Report on horse surra - Volume II, Part I
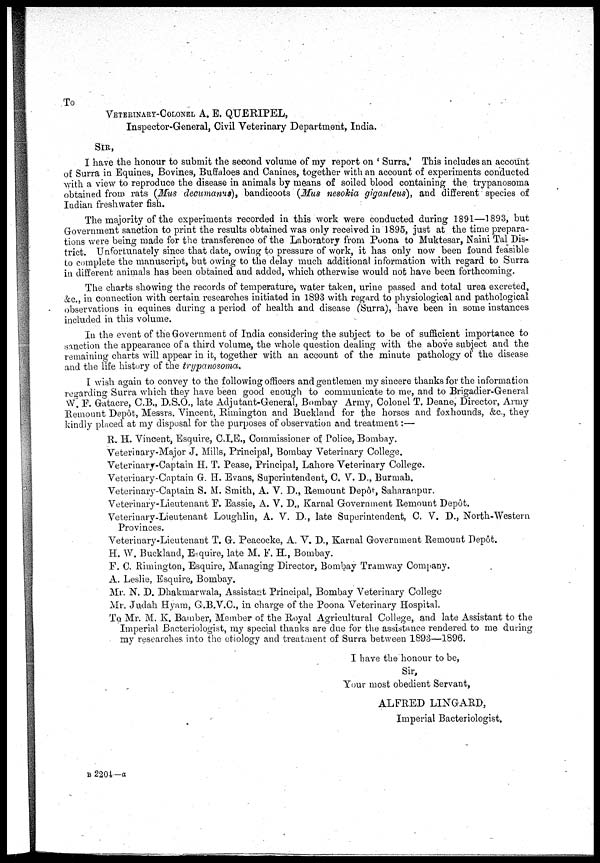
To
VETERINARY-COLONEL A. E. QUERIPEL,
Inspector-General, Civil Veterinary Department, India.
SIR,
I have the honour to submit the second volume of my report on ' Surra.' This includes an account
of Surra in Equines, Bovines, Buffaloes and Canines, together with an account of experiments conducted
with a view to reproduce the disease in animals by means of soiled blood containing the trypanosoma
obtained from rats (Mus decumanus), bandicoots (Mus nesokia giganleus), and different species of
Indian freshwater fish.
The majority of the experiments recorded in this work were conducted during 1891—1893, but
Government sanction to print the results obtained was only received in 1895, just at the time prepara-
tions were being made for the transference of the Laboratory from Poona to Muktesar, Naini Tal Dis-
trict. Unfortunately since that date, owing to pressure of work, it has only now been found feasible
to complete the manuscript, but owing to the delay much additional information with regard to Surra
in different animals has been obtained and added, which otherwise would not have been forthcoming.
The charts showing the records of temperature, water taken, urine passed and total urea excreted,
&c., in connection with certain researches initiated in 1893 with regard to physiological and pathological
observations in equines during a period of health and disease (Surra), have been in some instances
included in this volume.
In the event of the Government of India considering the subject to be of sufficient importance to
sanction the appearance of a third volume, the whole question dealing with the above subject and the
remaining charts will appear in it, together with an account of the minute pathology of the disease
and the life history of the trypanosoma.
I wish again to convey to the following officers and gentlemen my sincere thanks for the information
regarding Surra which they have been good enough to communicate to me, and to Brigadier-General
W. F. Gatacre, C.B., D.S.O., late Adjutant-General, Bombay Army, Colonel T. Deane, Director, Army
Remount Depôt, Messrs. Vincent, Rimington and Buckland for the horses and foxhounds, &c., they
kindly placed at my disposal for the purposes of observation and treatment:—
R. H. Vincent, Esquire, C.I.E., Commissioner of Police, Bombay.
Veterinary-Major J. Mills, Principal, Bombay Veterinary College.
Veterinary-Captain H. T. Pease, Principal, Lahore Veterinary College.
Veterinary-Captain G. H. Evans, Superintendent, C. V. D., Burmah.
Veterinary-Captain S. M. Smith, A. V. D., Remount Depôt, Saharanpur.
Veterinary-Lieutenant F. Eassie, A. V. D., Karnal Government Remount Depôt.
Veterinary-Lieutenant Loughlin, A. V. D., late Superintendent, C. V. D., North-Western
Provinces.
Veterinary-Lieutenant T. G. Peacocke, A. V. D., Karnal Government Remount Depôt.
H. W. Buckland, Esquire, late M. F. H., Bombay.
F. C. Rimington, Esquire, Managing Director, Bombay Tramway Company.
A. Leslie, Esquire, Bombay.
Mr. N. D. Dhakmarwala, Assistant Principal, Bombay Veterinary College
Mr. Judah Hyam, G.B.V.C., in charge of the Poona Veterinary Hospital.
To Mr. M. K. Bamber, Member of the Royal Agricultural College, and late Assistant to the
Imperial Bacteriologist, my special thanks are due for the assistance rendered to me during
my researches into the etiology and treatment of Surra between 1893—1896.
I have the honour to be,
Sir,
Your most obedient Servant,
ALFRED LINGARD,
Imperial Bacteriologist.
B 2204—a